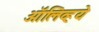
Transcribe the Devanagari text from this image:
ऑलिव्हये